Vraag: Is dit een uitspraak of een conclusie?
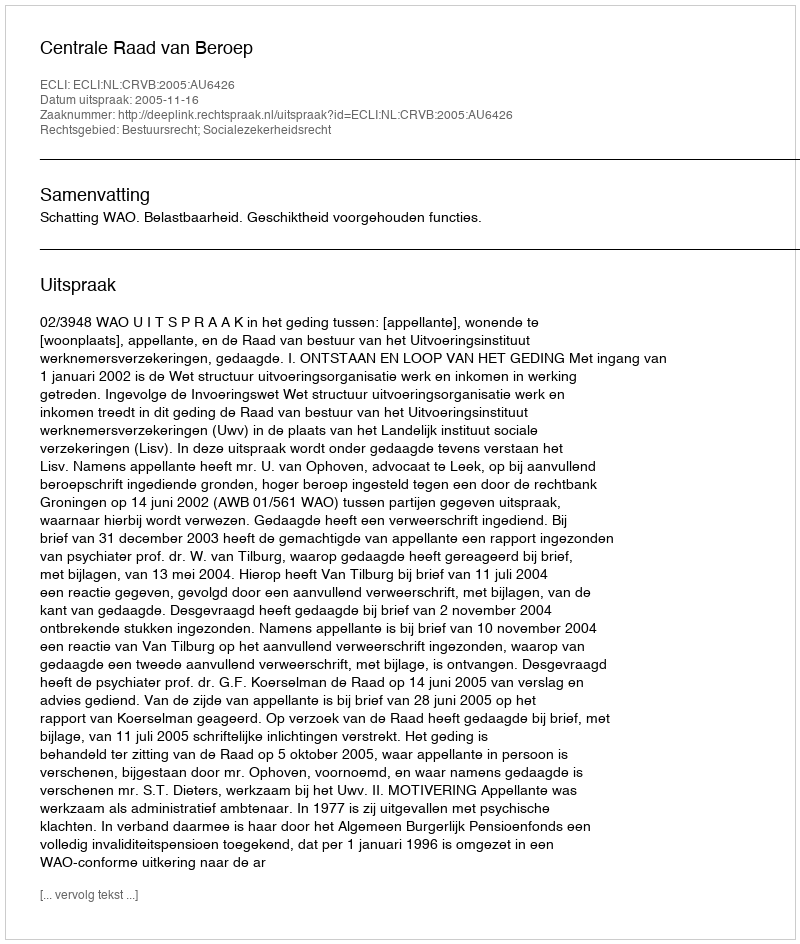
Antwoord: Uitspraak